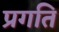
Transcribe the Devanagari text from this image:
प्रगति